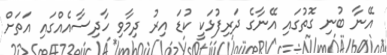
އޭނާ ބުނި ގޮތުގައި އޭނާގެ ދަރިފުޅަކީ ކުޑަ އިރު ދިމާވި ހާދިސާއެއްގައި އަތަށް